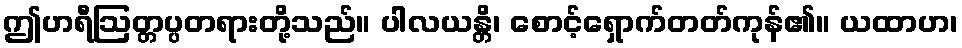
ဤဟရီဩတ္တပ္ပတရားတို့သည်။ ပါလယန္တိ၊ စောင့်ရှောက်တတ်ကုန်၏။ ယထာဟ၊